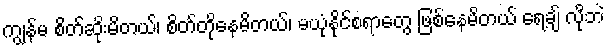
ကျွန်မ စိတ်ဆိုးမိတယ်၊ စိတ်တိုနေမိတယ်၊ မယုံနိုင်စရာတွေ ဖြစ်နေမိတယ် ရေ့ချ် လိုဘဲ